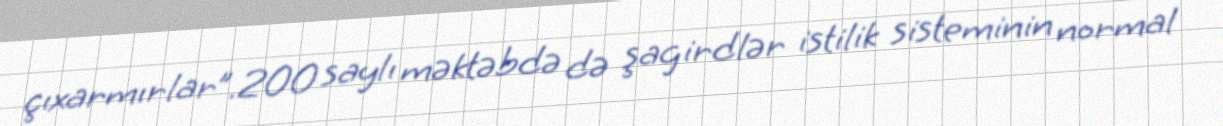
çıxarmırlar”.200 saylı məktəbdə də şagirdlər istilik sisteminin normal